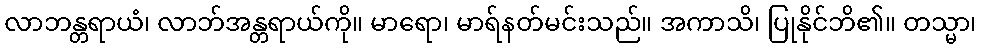
လာဘန္တရာယံ၊ လာဘ်အန္တရာယ်ကို။ မာရော၊ မာရ်နတ်မင်းသည်။ အကာသိ၊ ပြုနိုင်ဘိ၏။ တသ္မာ၊